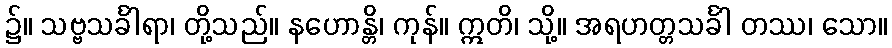
၌။ သဗ္ဗသင်္ခါရာ၊ တို့သည်။ နဟောန္တိ၊ ကုန်။ ဣတိ၊ သို့။ အရဟတ္တသင်္ခါ တဿ၊ သော။